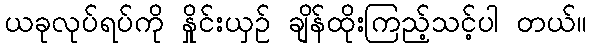
ယခုလုပ်ရပ်ကို နှိုင်းယှဉ် ချိန်ထိုးကြည့်သင့်ပါ တယ်။